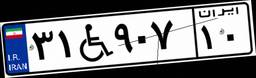
۳۱W۹۰۷۱۰